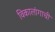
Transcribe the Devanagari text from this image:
विकालांगाची